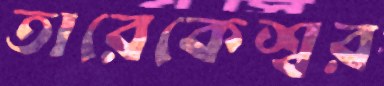
তারেকেশ্বর